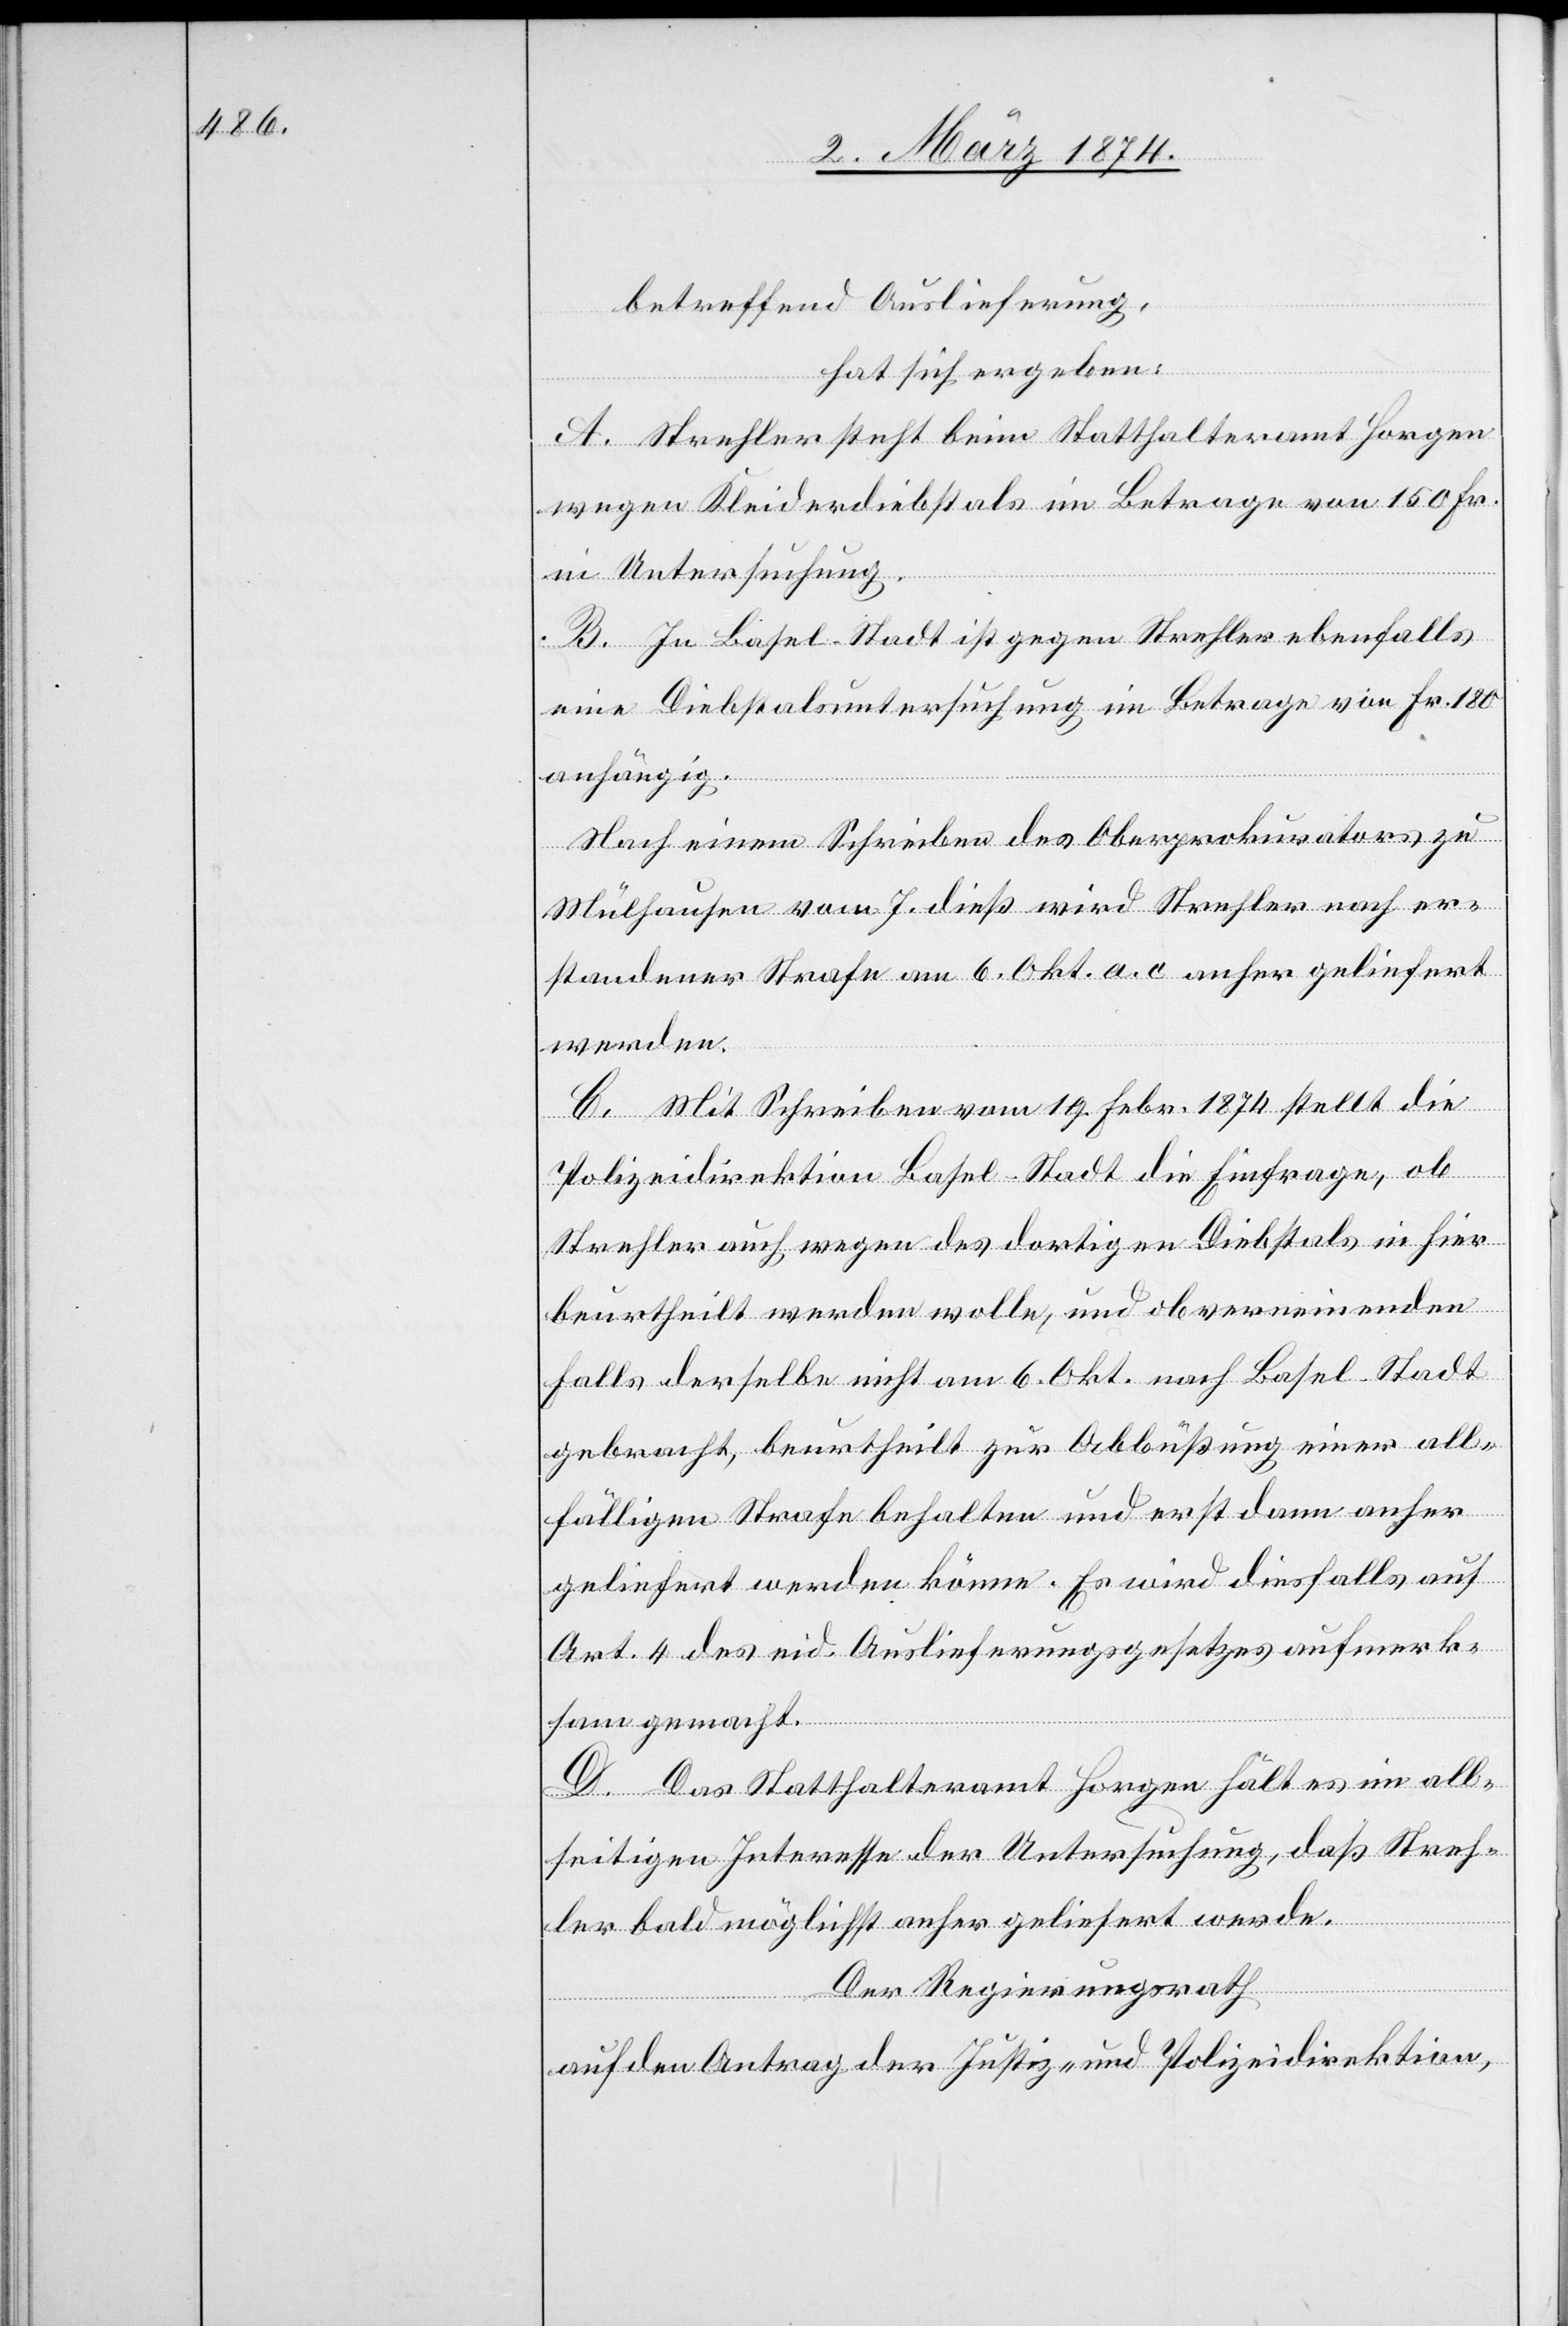
betreffend Auslieferung,
hat sich ergeben:
A. Strehler steht beim Statthalteramt Horgen
wegen Kleiderdiebstals im Betrage von 150 Fr.
in Untersuchung.
B. In Basel Stadt ist gegen Strehler ebenfalls
eine Diebstalsuntersuchung im Betrage von Fr. 180
anhängig.
Nach einem Schreiben des Oberprokurators zu
Mülhausen vom 7. dieß wird Strehler nach er¬
standener Strafe am 6. Okt. a. c. anher geliefert
werden.
C. Mit Schreiben vom 19. Febr. 1874 stellt die
Polizeidirektion Basel-Stadt die Einfrage, als
Strehler auch wegen des dortigen Diebstals in hier
beurtheilt werden wolle, und ob verneinenden
Falls derselbe nicht am 6. Okt. nach Basel-Stadt
gebracht, beurtheilt zur Abbüßung einer all¬
fälligen Strafe behalten und erst dann anher
geliefert werden könne. Es wird diesfalls auf
Art. 4 des eid. Auslieferungsgesetzes aufmerk¬
sam gemacht.
D. Das Statthalteramt Horgen hält es im all¬
seitigen Interesse der Untersuchung, daß Streh¬
ler bald möglichst anher geliefert werde.
Der Regierungsrath
auf den Antrag der Justiz- und Polizeidirektion,